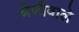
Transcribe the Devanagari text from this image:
श्रेणीवाले